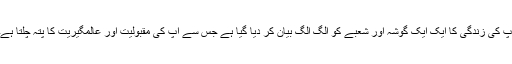
آپ کی زندگی کا ایک ایک گوشہ اور شعبے کو الگ الگ بیان کر دیا گیا ہے جس سے آپ کی مقبولیت اور عالمگیریت کا پتہ چلتا ہے۔